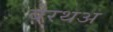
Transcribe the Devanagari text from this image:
बेरथअ